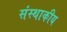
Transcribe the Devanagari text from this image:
संस्थाकीय